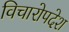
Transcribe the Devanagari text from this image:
विचारोपदेश